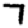
Digit: 7